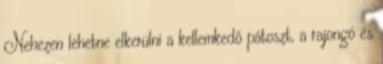
Nehezen lehetne elkerülni a kellemkedő pátoszt, a rajongó és